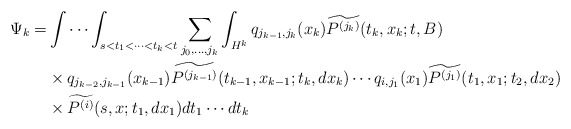
\begin{align*}\Psi_k =& \int\cdots\int_{s<t_1<\cdots<t_k<t} \sum_{j_0,\dots,j_k}\int_{H^k} q_{j_{k-1},j_{k}}(x_k)\widetilde{P^{(j_k)}}(t_k,x_k;t,B) \\&\times q_{j_{k-2},j_{k-1}}(x_{k-1})\widetilde{P^{(j_{k-1})}}(t_{k-1},x_{k-1};t_{k},dx_{k})\cdots q_{i,j_{1}}(x_{1})\widetilde{P^{(j_1)}}(t_{1},x_{1};t_{2},dx_{2}) \\&\times \widetilde{P^{(i)}}(s,x;t_1,dx_1)dt_1\cdots dt_k\end{align*}